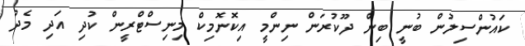
ކައުންސިލުން ބުނީ ބިން ދޫކުރަން ނިންމީ އިކޮނޮމިކް މިނިސްޓްރީން ކުދި އަދި މެދު